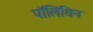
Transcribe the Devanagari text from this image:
पॉलिथिन